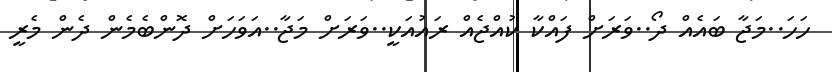
ހަހަ..މަޖާ ބައެއް ދޯ..ވަރަށް ފައްކާ ކުއްޖެއް ރައުއަކީ..ވަރަށް މަޖާ..އަވަހަށް ދޮންބެމެން ދެން މެރީ